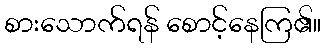
စားသောက်ရန် စောင့်နေကြ၏။